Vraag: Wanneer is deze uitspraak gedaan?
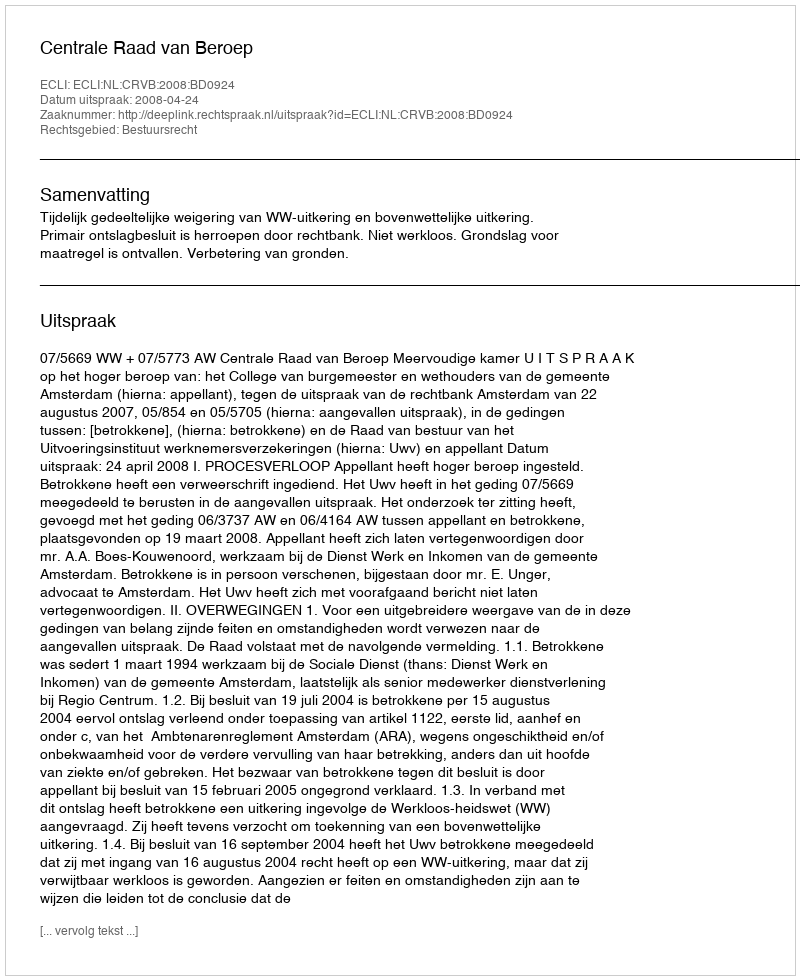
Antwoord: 2008-04-24